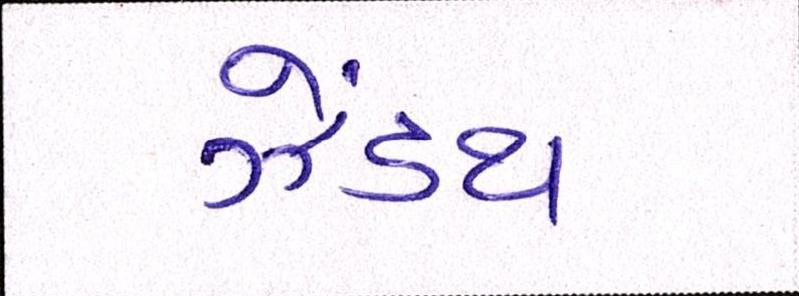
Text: ઝેંઽથ